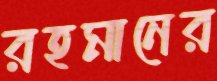
রহমানের